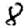
Digit: 8